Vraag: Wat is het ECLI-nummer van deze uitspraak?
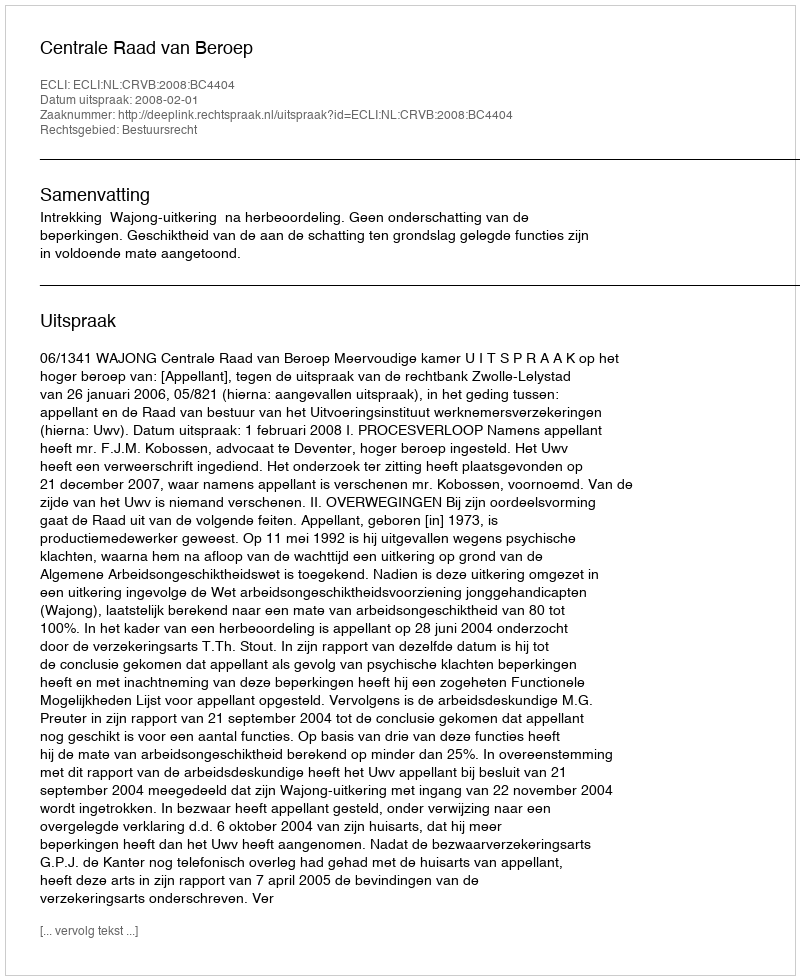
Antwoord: ECLI:NL:CRVB:2008:BC4404